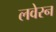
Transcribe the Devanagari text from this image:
लवेरन